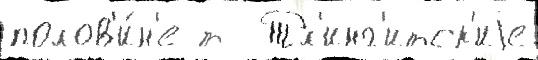
полов'и́н'е т  Тл'инг'итск'иjе